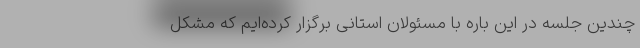
چندین جلسه در این باره با مسئولان استانی برگزار کرده‌ایم که مشکل